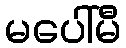
မပေါ်မီ